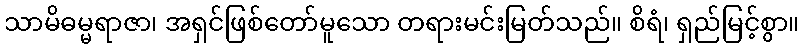
သာမိဓမ္မရာဇာ၊ အရှင်ဖြစ်တော်မူသော တရားမင်းမြတ်သည်။ စိရံ၊ ရှည်မြင့်စွာ။